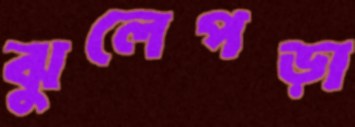
ঝুলেপড়া